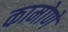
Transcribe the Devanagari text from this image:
कामोणे